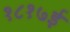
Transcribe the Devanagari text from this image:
१८१७ई